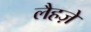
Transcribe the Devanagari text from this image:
लैहज़े